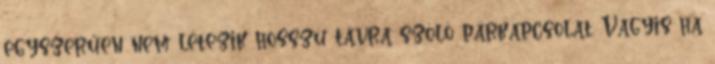
egyszerűen nem létezik hosszú távra szóló párkapcsolat. Vagyis ha